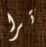
ترا